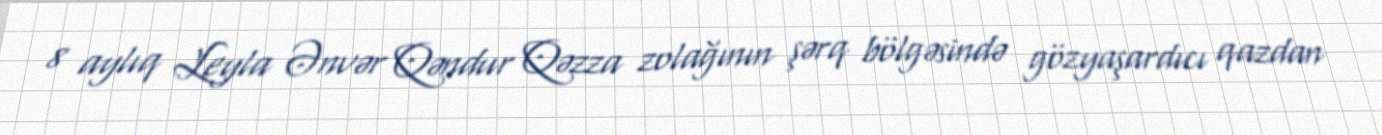
8 aylıq Leyla Ənvər Qəndur Qəzza zolağının şərq bölgəsində gözyaşardıcı qazdan